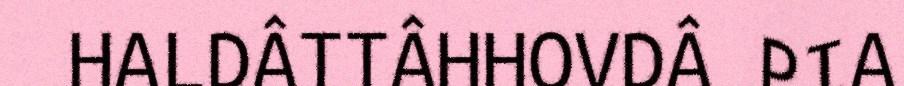
HALDÂTTÂHHOVDÂ PIA